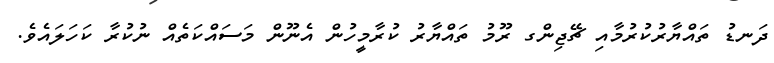
ދަނޑު ތައްޔާރުކުރުމާއި ޗޭޖިންގ ރޫމު ތައްޔާރު ކުރާމީހުން އެނޫން މަސައްކަތެއް ނުކުރާ ކަހަލައެވެ.